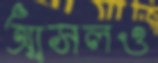
আসলও